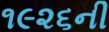
૧૯૨૬ની